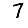
Digit: 7